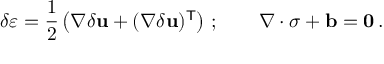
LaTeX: \delta { \boldsymbol { \varepsilon } } = { \frac { 1 } { 2 } } \left( \nabla \delta \mathbf { u } + ( \nabla \delta \mathbf { u } ) ^ { \mathsf { T } } \right) \, ; \qquad \nabla \cdot { \boldsymbol { \sigma } } + \mathbf { b } = \mathbf { 0 } \, .